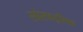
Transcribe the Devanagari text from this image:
सांस्कइतिक